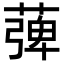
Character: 𦹽